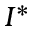
I ^ { * }